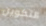
التكوين